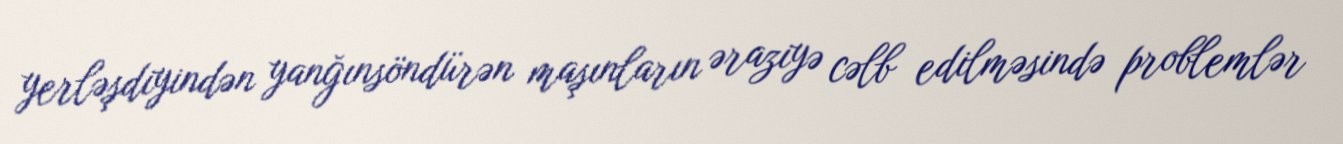
yerləşdiyindən yanğınsöndürən maşınların əraziyə cəlb edilməsində problemlər